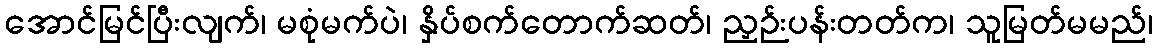
အောင်မြင်ပြီးလျက်၊ မစုံမက်ပဲ၊ နှိပ်စက်တောက်ဆတ်၊ ညှဉ်းပန်းတတ်က၊ သူမြတ်မမည်၊